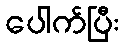
ပေါက်ပြီး